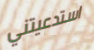
استدعيتني